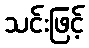
သင်းဖြင့်